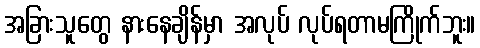
အခြားသူတွေ နားနေချိန်မှာ အလုပ် လုပ်ရတာမကြိုက်ဘူး။